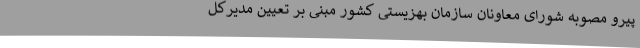
پیرو مصوبه شورای معاونان سازمان بهزیستی کشور مبنی بر تعیین مدیرکل